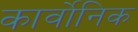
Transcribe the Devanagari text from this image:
कार्वोनिक